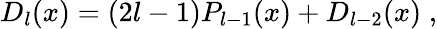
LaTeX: D_{l}(x)=(2l-1)P_{l-1}(x)+D_{l-2}(x)\; ,